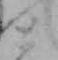
と